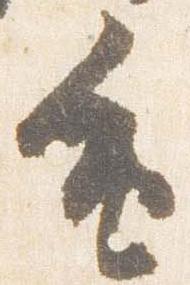
重